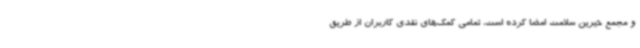
و مجمع خیرین سلامت امضا کرده است، تمامی کمک‌های نقدی کاربران از طریق